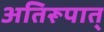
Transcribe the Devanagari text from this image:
अतिरूपात्